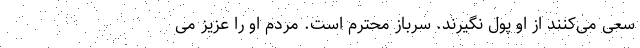
سعی می‌کنند از او پول نگیرند. سرباز محترم است. مردم او را عزیز می